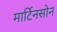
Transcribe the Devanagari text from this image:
मार्टिनसोन